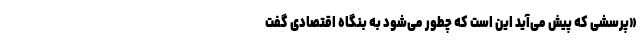
«پرسشی که پیش می‌آید این است که چطور می‌شود به بنگاه اقتصادی گفت